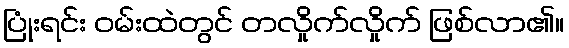
ပြုံးရင်း ဝမ်းထဲတွင် တလှိုက်လှိုက် ဖြစ်လာ၏။